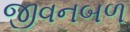
જીવનબળ